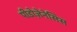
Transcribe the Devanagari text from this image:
पीडोज़ेनेसिस